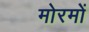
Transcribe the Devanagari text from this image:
मोरमों